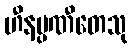
ဟီနပ္ပဏီတေသု